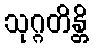
သုဂ္ဂတိန္တိ